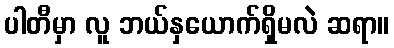
ပါတီမှာ လူ ဘယ်နှယောက်ရှိမလဲ ဆရာ။